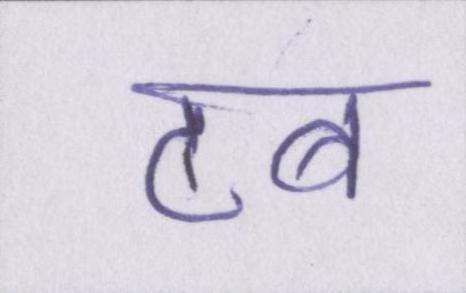
टब